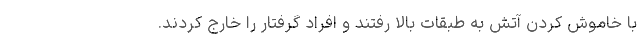
با خاموش کردن آتش به طبقات بالا رفتند و افراد گرفتار را خارج کردند.